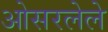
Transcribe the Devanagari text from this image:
ओसरलेले